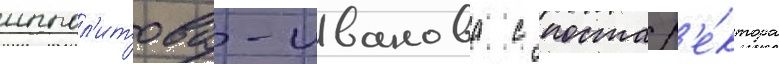
иппол'итова-иванова с поста р'е́ктора